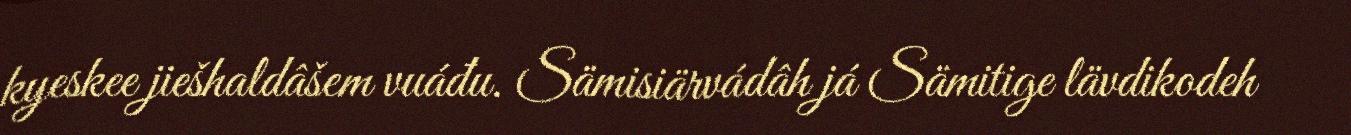
kyeskee jiešhaldâšem vuáđu. Sämisiärvádâh já Sämitige lävdikodeh